Annual administration report of the Civil Veterinary Department of India - 1895-1896
Year: 1895
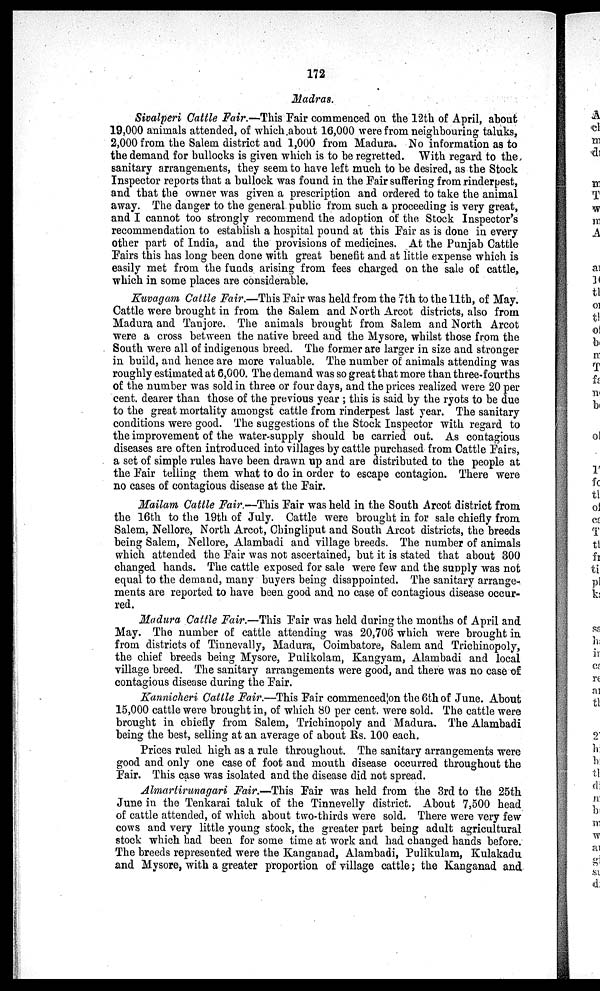
172
Madras.
Sivalperi Cattle Fair.—This Pair commenced on the 12th of April, about
19,000 animals attended, of which about 16,000 were from neighbouring taluks,
2,000 from the Salem district and 1,000 from Madura. No information as to
the demand for bullocks is given which is to be regretted. With regard to the
sanitary arrangements, they seem to have left much to be desired, as the Stock
Inspector reports that a bullock was found in the Fair suffering from rinderpest,
and that the owner was given a prescription and ordered to take the animal
away. The danger to the general public from such a proceeding is very great,
and I cannot too strongly recommend the adoption of the Stock Inspector's
recommendation to establish a hospital pound at this Fair as is done in every
other part of India, and the provisions of medicines. At the Punjab Cattle
Pairs this has long been done with great benefit and at little expense which is
easily met from the funds arising from fees charged on the sale of cattle,
which in some places are considerable.
Kuvagam Cattle Fair.—This Pair was held from the 7th to the 11th, of May.
Cattle were brought in from the Salem and North Arcot districts, also from
Madura and Tanjore. The animals brought from Salem and North Arcot
were a cross between the native breed and the Mysore, whilst those from the
South were all of indigenous breed. The former are larger in size and stronger
in build, and hence are more valuable. The number of animals attending was
roughly estimated at 6,000. The demand was so great that more than three-fourths
of the number was sold in three or four days, and the prices realized were 20 per
cent. dearer than those of the previous year; this is said by the ryots to be due
to the great mortality amongst cattle from rinderpest last year. The sanitary
conditions were good. The suggestions of the Stock Inspector with regard to
the improvement of the water-supply should be carried out. As contagious
diseases are often introduced into villages by cattle purchased from Cattle Pairs,
a set of simple rules have been drawn up and are distributed to the people at
the Pair telling them what to do in order to escape contagion. There were
no cases of contagious disease at the Pair.
Mailam Cattle Fair—This Pair was held in the South Arcot district from
the 16th to the 19th of July. Cattle were brought in for sale chiefly from
Salem, Nellore, North Arcot, Chingliput and South Arcot districts, the breeds
being Salem, Nellore, Alambadi and village breeds. The number of animals
which attended the Pair was not ascertained, but it is stated that about 300
changed hands. The cattle exposed for sale were few and the supply was not
equal to the demand, many buyers being disappointed. The sanitary arrange-
ments are reported to have been good and no case of contagious disease occur-
red.
Madura Cattle Fair.—This Pair was held during the months of April and
May. The number of cattle attending was 20,706 which were brought in
from districts of Tinnevally, Madura, Coimbatore, Salem and Trichinopoly,
the chief breeds being Mysore, Pulikolam, Kangyam, Alambadi and local
village breed. The sanitary arrangements were good, and there was no case of
contagious disease during the Pair.
Kannicheri Cattle Fair.—This Pair commenced on the 6th of June. About
15,000 cattle were brought in, of which 80 per cent. were sold. The cattle were
brought in chiefly from Salem, Trichinopoly and Madura. The Alambadi
being the best, selling at an average of about Rs. 100 each.
Prices ruled high as a rule throughout. The sanitary arrangements were
good and only one case of foot and mouth disease occurred throughout the
Pair. This case was isolated and the disease did not spread.
Almartirunagari Fair.—This Pair was held from the 3rd to the 25th
June in the Tenkarai taluk of the Tinnevelly district. About 7,500 head
of cattle attended, of which about two-thirds were sold. There were very few
cows and very little young stock, the greater part being adult agricultural
stock which had been for some time at work and had changed hands before.
The breeds represented were the Kanganad, Alambadi, Pulikulam, Kulakadu
and Mysore, with a greater proportion of village cattle; the Kanganad and